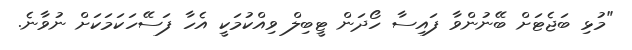
"މުޅި ބަޖެޓަށް ބޭނުންވާ ފައިސާ ހޯދަން ޓީބިލް ވިއްކުމަކީ އެހާ ފަސޭހަކަމަކަށް ނުވާނެ.